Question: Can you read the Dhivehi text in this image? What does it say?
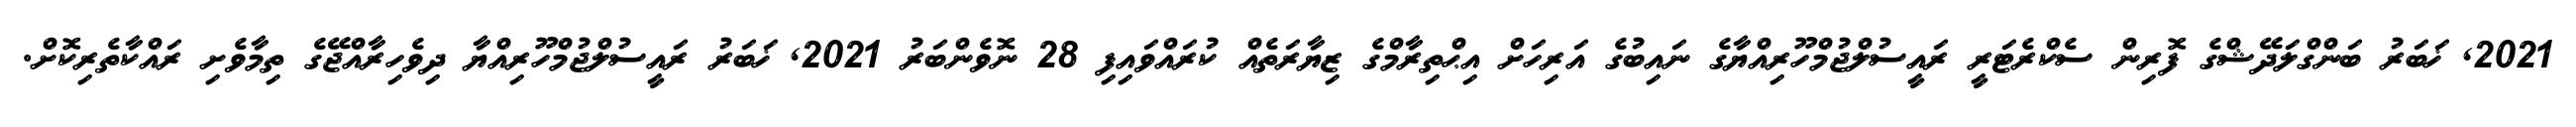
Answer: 2021, ޚަބަރު ބަންގްލަދޭޝްގެ ފޮރިން ސެކްރެޓަރީ ރައީސުލްޖުމްހޫރިއްޔާގެ ނައިބުގެ އަރިހަށް އިޙްތިރާމްގެ ޒިޔާރަތެއް ކުރައްވައިފި 28 ނޮވެންބަރު 2021, ޚަބަރު ރައީސުލްޖުމްހޫރިއްޔާ ދިވެހިރާއްޖޭގެ ތިމާވެށި ރައްކާތެރިކޮށް.